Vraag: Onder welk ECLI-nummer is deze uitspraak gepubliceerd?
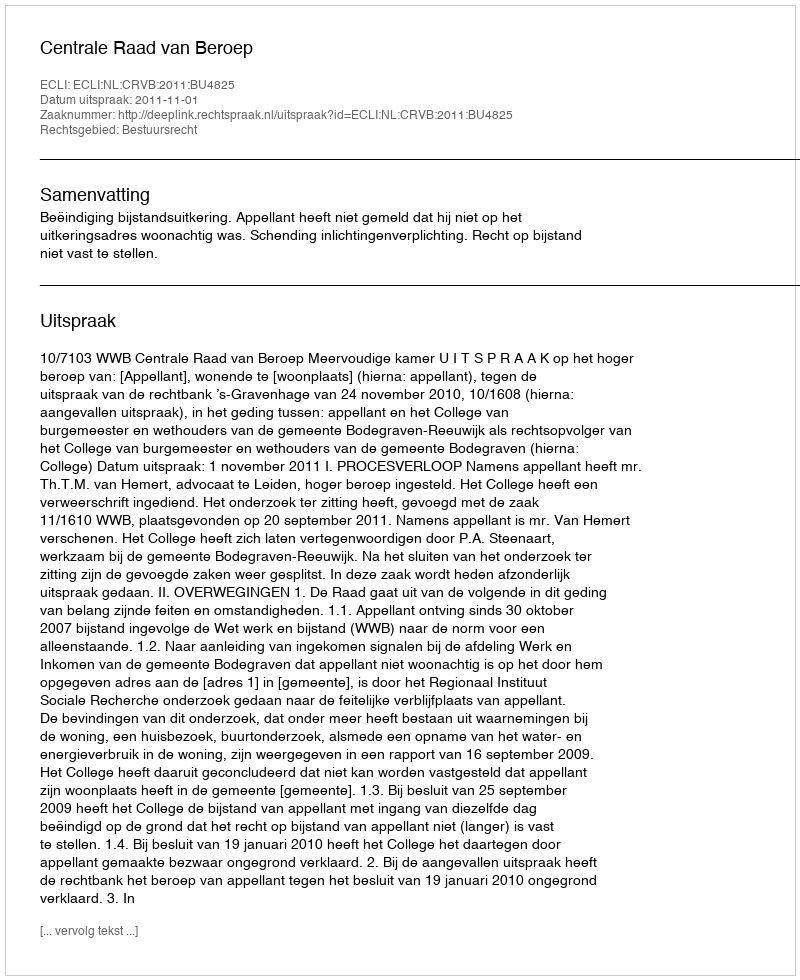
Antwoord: ECLI:NL:CRVB:2011:BU4825